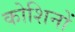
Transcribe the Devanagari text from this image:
कोशिनों